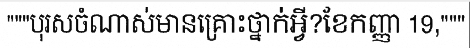
"""បុរសចំណាស់មានគ្រោះថ្នាក់អ្វី?ខែកញ្ញា 19,"""